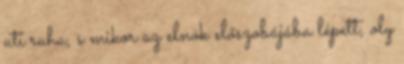
uti ruha, s mikor az elnök előszobájába lépett, oly